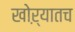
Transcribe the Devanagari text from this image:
खोऱ्यातच